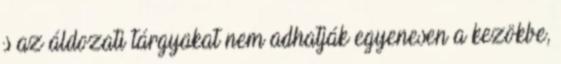
s az áldozati tárgyakat nem adhatják egyenesen a kezökbe,